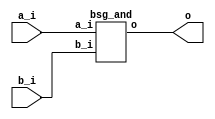
// This program was cloned from: https://github.com/chipsalliance/synlig
// License: Apache License 2.0



module top
(
  a_i,
  b_i,
  o
);

  input [15:0] a_i;
  input [15:0] b_i;
  output [15:0] o;

  bsg_and
  wrapper
  (
    .a_i(a_i),
    .b_i(b_i),
    .o(o)
  );


endmodule



module bsg_and
(
  a_i,
  b_i,
  o
);

  input [15:0] a_i;
  input [15:0] b_i;
  output [15:0] o;
  wire [15:0] o;
  assign o[15] = a_i[15] & b_i[15];
  assign o[14] = a_i[14] & b_i[14];
  assign o[13] = a_i[13] & b_i[13];
  assign o[12] = a_i[12] & b_i[12];
  assign o[11] = a_i[11] & b_i[11];
  assign o[10] = a_i[10] & b_i[10];
  assign o[9] = a_i[9] & b_i[9];
  assign o[8] = a_i[8] & b_i[8];
  assign o[7] = a_i[7] & b_i[7];
  assign o[6] = a_i[6] & b_i[6];
  assign o[5] = a_i[5] & b_i[5];
  assign o[4] = a_i[4] & b_i[4];
  assign o[3] = a_i[3] & b_i[3];
  assign o[2] = a_i[2] & b_i[2];
  assign o[1] = a_i[1] & b_i[1];
  assign o[0] = a_i[0] & b_i[0];

endmodule